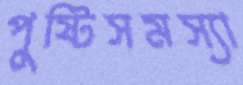
পুষ্টিসমস্যা